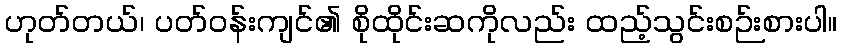
ဟုတ်တယ်၊ ပတ်ဝန်းကျင်၏ စိုထိုင်းဆကိုလည်း ထည့်သွင်းစဉ်းစားပါ။